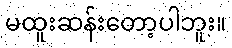
မထူးဆန်းတော့ပါဘူး။